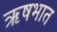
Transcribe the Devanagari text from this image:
ऋषभात